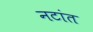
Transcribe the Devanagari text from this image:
नटांत